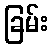
ခြမ်း